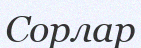
Сорлар